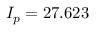
I _ { p } = 2 7 . 6 2 3